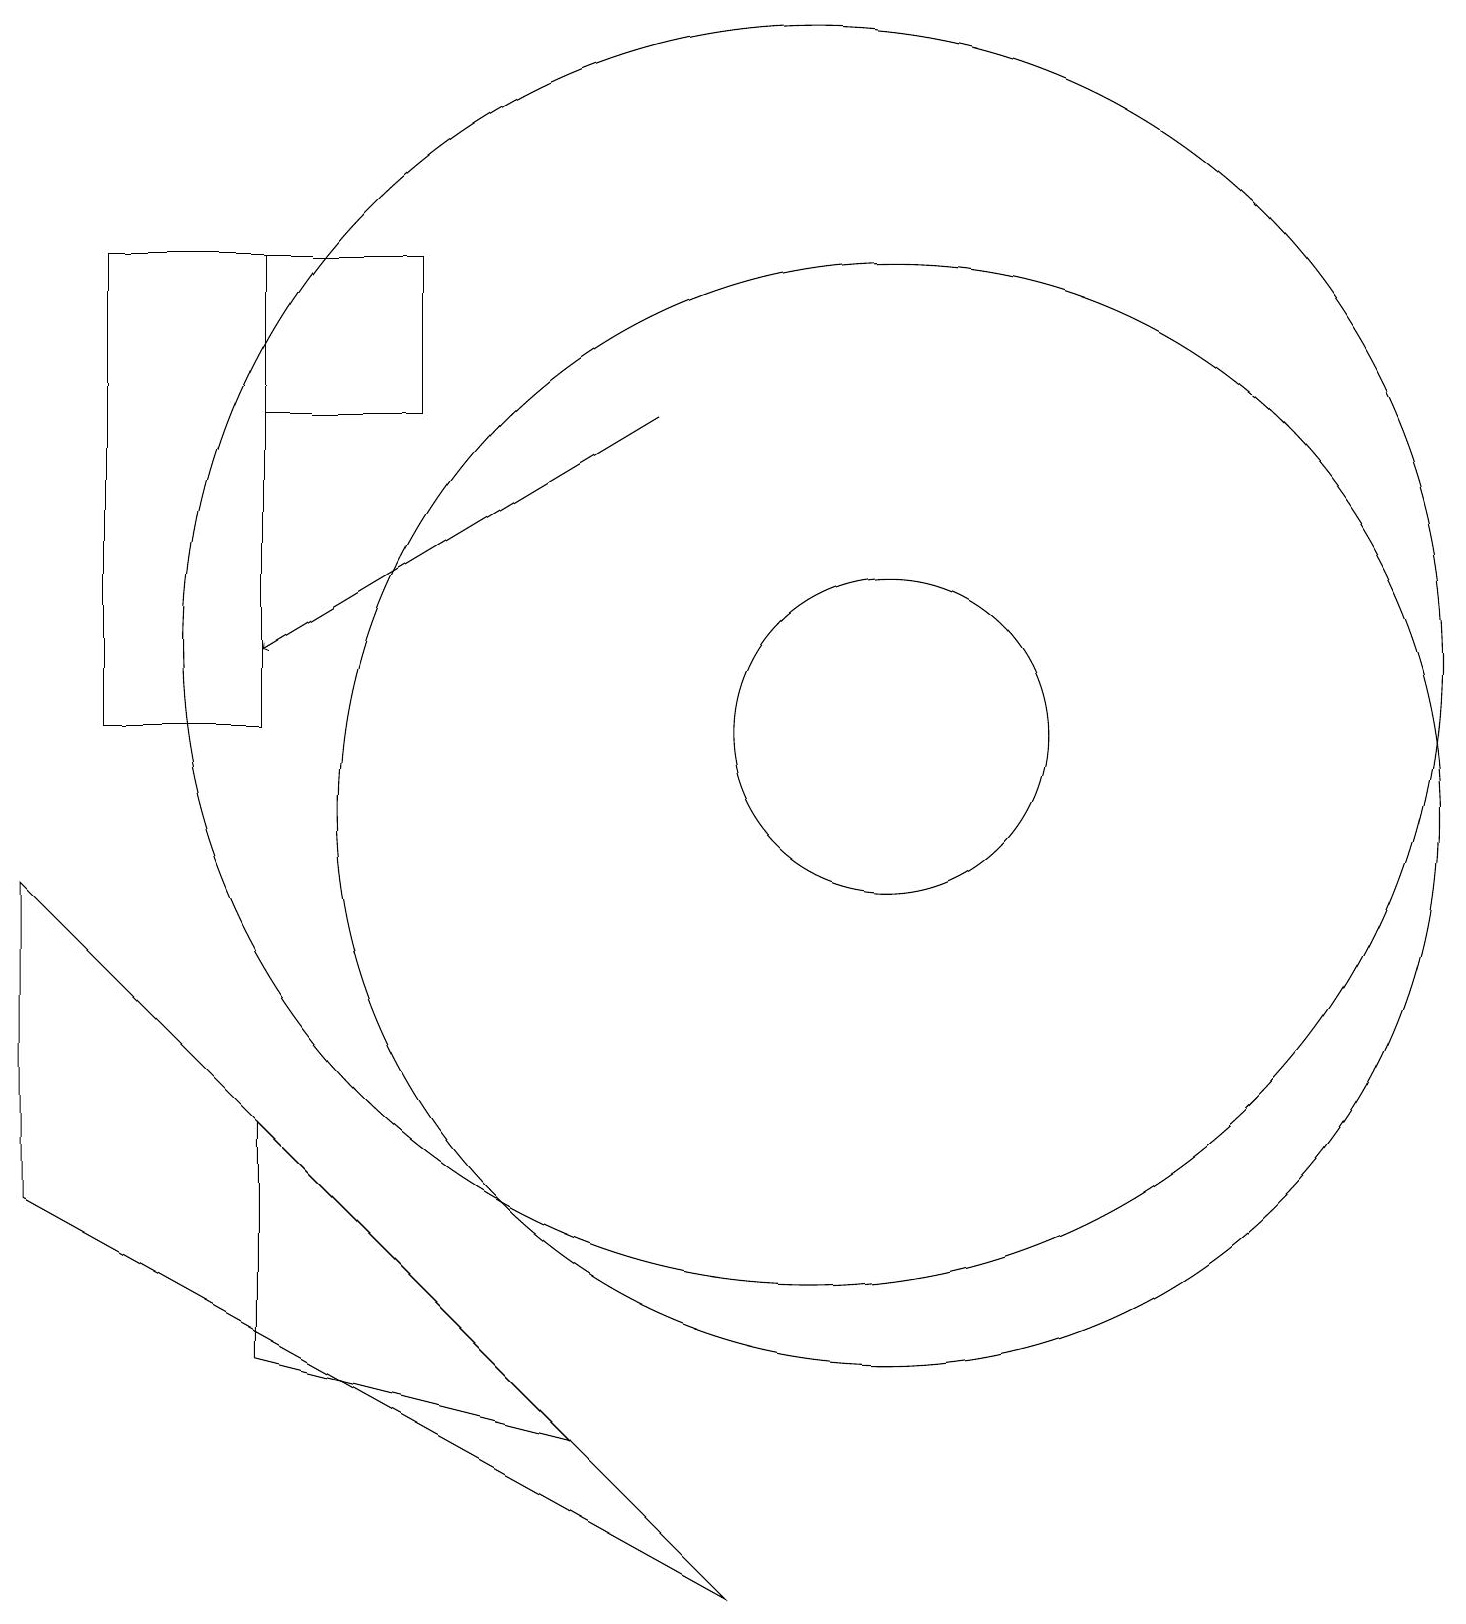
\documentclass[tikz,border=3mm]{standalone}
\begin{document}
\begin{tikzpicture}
\draw (3,15) rectangle (5,17);
\draw (10,12) circle (8);
\draw (3,11) rectangle (1,17);
\draw (3,3) -- (7,2) -- (3,6) -- cycle;
\draw (9,0) -- (0,9) -- (0,5) -- cycle;
\draw (11,11) circle (2);
\draw[->] (8,15) -- (3,12);
\draw (11,10) circle (7);
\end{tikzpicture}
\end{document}